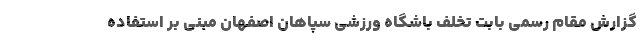
گزارش مقام رسمی بابت تخلف باشگاه ورزشی سپاهان اصفهان مبنی بر استفاده